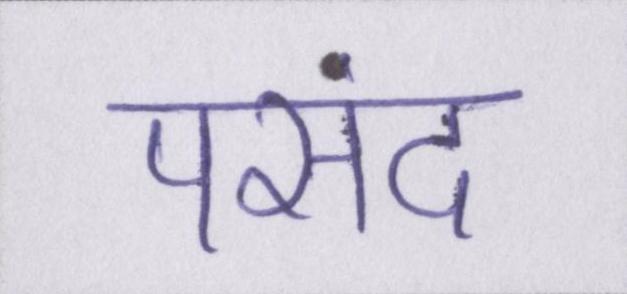
पसंद